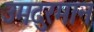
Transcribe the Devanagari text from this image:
उमदुरमान